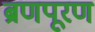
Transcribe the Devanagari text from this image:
ब्रणपूरण